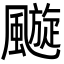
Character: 𩘶